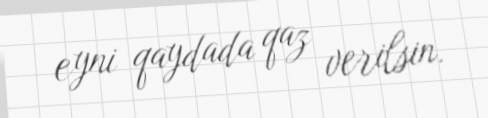
eyni qaydada qaz verilsin.